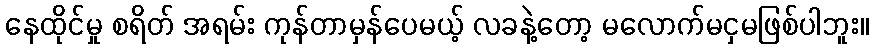
နေထိုင်မှု စရိတ် အရမ်း ကုန်တာမှန်ပေမယ့် လခနဲ့တော့ မလောက်မငှမဖြစ်ပါဘူး။